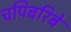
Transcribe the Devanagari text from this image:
चपिबरिबे